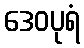
ဒေဝပုရံ